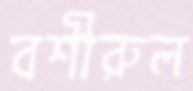
বশীরুল